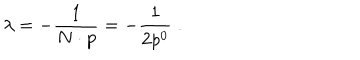
LaTeX: \lambda = - \frac { 1 } { N \cdot p } = - \frac { 1 } { 2 p ^ { 0 } } \; .